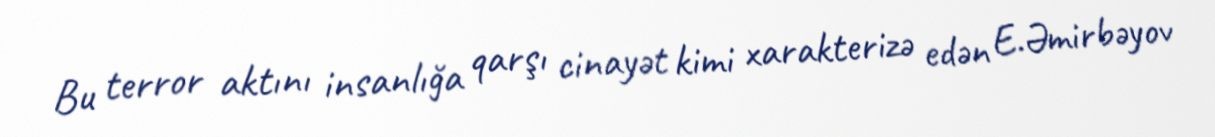
Bu terror aktını insanlığa qarşı cinayət kimi xarakterizə edən E.Əmirbəyov